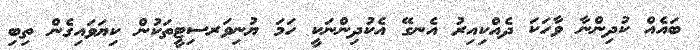
ބައެއް ކުދިންނާ ވާހަކަ ދެއްކިއިރު އެނގޭ އެކުދިންނަކީ ހަމަ ޔުނިވަރސިޓީތަކުން ކިޔަވައިގެން ތިބި